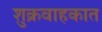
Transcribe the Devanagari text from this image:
शुक्रवाहकात